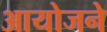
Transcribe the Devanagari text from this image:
आयोजने